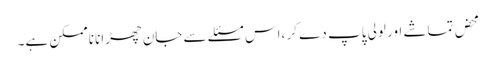
محض تماشے اور لولی پاپ دے کر ،اس مسئلے سے جان چھڑانا ناممکن ہے۔